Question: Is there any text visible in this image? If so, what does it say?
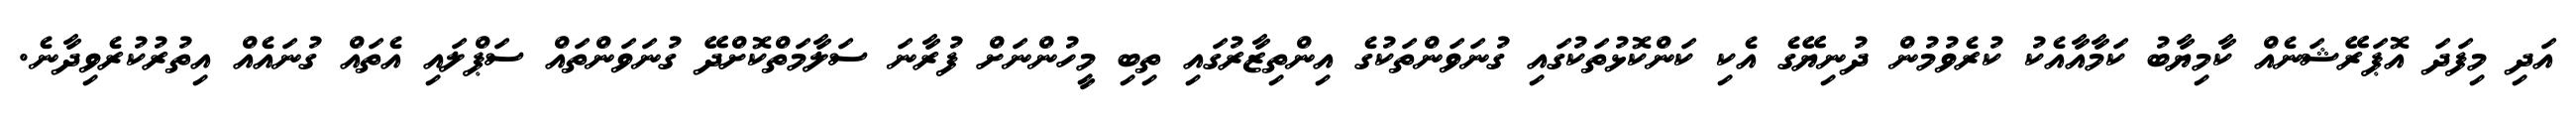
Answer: އަދި މިފަދަ އޮޕަރޭޝަނެއް ކާމިޔާބު ކަމާއާއެކު ކުރެވުމުން ދުނިޔޭގެ އެކި ކަންކޮޅުތަކުގައި ގުނަވަންތަކުގެ އިންތިޒާރުގައި ތިބި މީހުންނަށް ފުރާނަ ސަލާމަތްކޮށްދޭ ގުނަވަންތައް ސަޕްލައި އެތައް ގުނައެއް އިތުރުކުރެވިދާނެ.